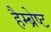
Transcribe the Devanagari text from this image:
हैम्ब्रेष्ट